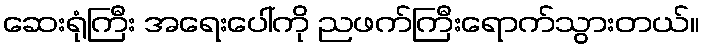
ဆေးရုံကြီး အရေးပေါ်ကို ညဖက်ကြီးရောက်သွားတယ်။